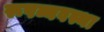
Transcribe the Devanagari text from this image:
रूपव्यवस्था